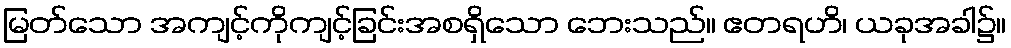
မြတ်သော အကျင့်ကိုကျင့်ခြင်းအစရှိသော ဘေးသည်။ ဧတရဟိ၊ ယခုအခါ၌။